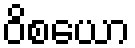
ဝိစယော